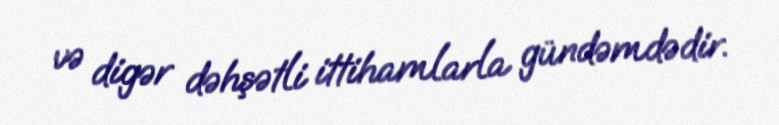
və digər dəhşətli ittihamlarla gündəmdədir.